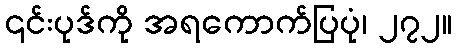
၎င်းပုဒ်ကို အရကောက်ပြပုံ၊ ၂၇၂။